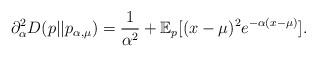
LaTeX: \begin{align*}\partial^2_\alpha D(p||p_{\alpha,\mu}) &= \frac{1}{\alpha^2}+ \mathbb{E}_p[(x-\mu)^2 e^{-\alpha(x-\mu)}].\end{align*}